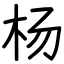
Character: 杨